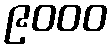
၉၀၀၀